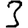
Digit: 3